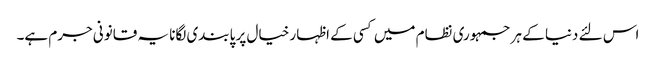
اس لئے دنیا کے ہر جمہوری نظام میں کسی کے اظہار خیال پر پابندی لگانا یہ قانونی جرم ہے۔